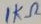
Text: 1KΩ